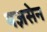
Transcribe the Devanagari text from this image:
यज्ञसेन